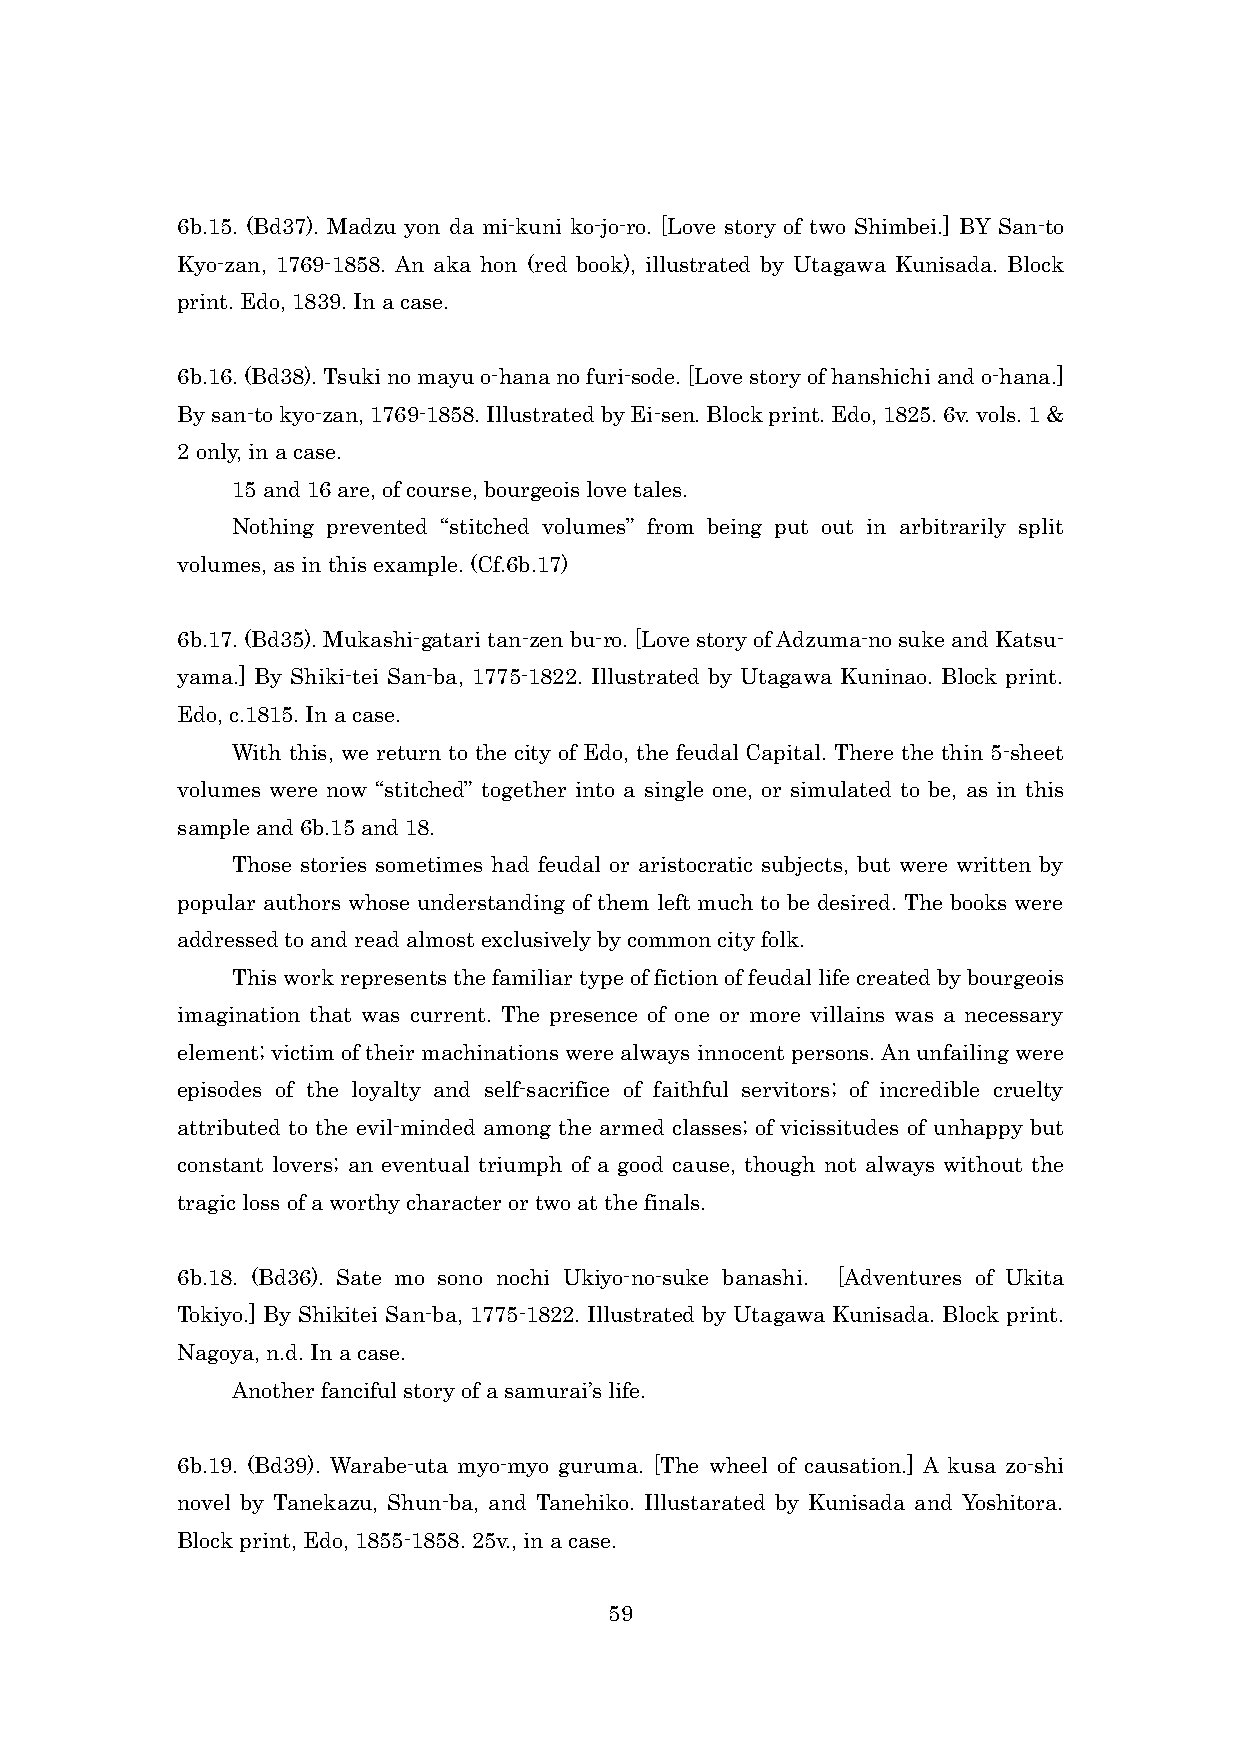
6b.15. (Bd37). Madzu yon da mi-kuni ko-jo-ro. [Love story of two Shimbei.] BY San-to
 Kyo-zan, 1769-1858. An aka hon (red book), illustrated by Utagawa Kunisada. Block
 print. Edo, 1839. In a case.
 6b.16. (Bd38). Tsuki no mayu o-hana no furi-sode. [Love story of hanshichi and o-hana.]
 By san-to kyo-zan, 1769-1858. Illustrated by Ei-sen. Block print. Edo, 1825. 6v. vols. 1 &
 2 only, in a case.
 15 and 16 are, of course, bourgeois love tales.
 Nothing prevented “stitched volumes” from being put out in arbitrarily split
 volumes, as in this example. (Cf.6b.17)
 6b.17. (Bd35). Mukashi-gatari tan-zen bu-ro. [Love story of Adzuma-no suke and Katsu-
 yama.] By Shiki-tei San-ba, 1775-1822. Illustrated by Utagawa Kuninao. Block print.
 Edo, c.1815. In a case.
 With this, we return to the city of Edo, the feudal Capital. There the thin 5-sheet
 volumes were now “stitched” together into a single one, or simulated to be, as in this
 sample and 6b.15 and 18.
 Those stories sometimes had feudal or aristocratic subjects, but were written by
 popular authors whose understanding of them left much to be desired. The books were
 addressed to and read almost exclusively by common city folk.
 This work represents the familiar type of fiction of feudal life created by bourgeois
 imagination that was current. The presence of one or more villains was a necessary
 element; victim of their machinations were always innocent persons. An unfailing were
 episodes of the loyalty and self-sacrifice of faithful servitors; of incredible cruelty
 attributed to the evil-minded among the armed classes; of vicissitudes of unhappy but
 constant lovers; an eventual triumph of a good cause, though not always without the
 tragic loss of a worthy character or two at the finals.
 6b.18. (Bd36). Sate mo sono nochi Ukiyo-no-suke banashi. [Adventures of Ukita
 Tokiyo.] By Shikitei San-ba, 1775-1822. Illustrated by Utagawa Kunisada. Block print.
 Nagoya, n.d. In a case.
 Another fanciful story of a samurai’s life.
 6b.19. (Bd39). Warabe-uta myo-myo guruma. [The wheel of causation.] A kusa zo-shi
 novel by Tanekazu, Shun-ba, and Tanehiko. Illustarated by Kunisada and Yoshitora.
 Block print, Edo, 1855-1858. 25v., in a case.
 59